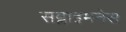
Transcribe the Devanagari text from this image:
सब्लाइमनेस